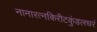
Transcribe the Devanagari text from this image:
नानारत्नकिरीटकुंडलधरं